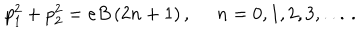
p _ { 1 } ^ { 2 } + p _ { 2 } ^ { 2 } = e B \left( 2 n + 1 \right) , \, \, \, \, \, \, \, \, n = 0 , 1 , 2 , 3 , . . . \, .